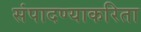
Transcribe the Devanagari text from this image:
संपादण्याकरिता